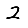
Digit: 2